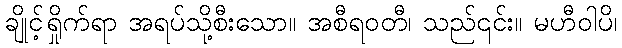
ချိုင့်ရှိုက်ရာ အရပ်သို့စီးသော။ အစီရဝတီ၊ သည်၎င်း။ မဟီဝါပိ၊